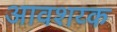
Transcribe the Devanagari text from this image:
आवशय्क